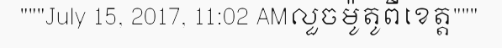
"""July 15, 2017, 11:02 AMលួចម៉ូតូពីខេត្ត"""